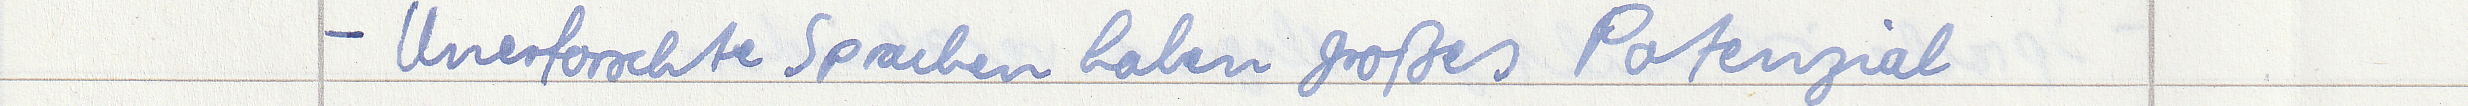
- Unerforschte Sprachen haben großes Potenzial